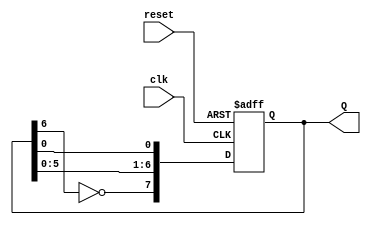
module johnson_counter (
    input wire clk,     // Clock input
    input wire reset,   // Asynchronous reset input
    output reg [7:0] Q  // 8-bit output
);

    // On each clock edge, update the state of the counter
    always @(posedge clk or posedge reset) begin
        if (reset) begin
            // Initialize the counter to zero on reset
            Q <= 8'b00000000;
        end else begin
            // Johnson counter logic
            Q[7] <= ~Q[6]; // Inverted output of the last flip-flop fed to the first
            Q[6:1] <= Q[5:0]; // Shift the other bits
        end
    end
    
endmodule